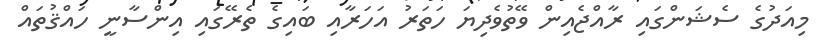
މިއަދުގެ ސެޝަންގައި ރާއްޖެއިން ވޭތުވެދިޔަ ހަތަރު އަހަރާއި ބައިގެ ތެރޭގައި އިންސާނީ ހައްޤުތައް